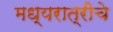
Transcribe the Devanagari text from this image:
मध्यरात्रीचे